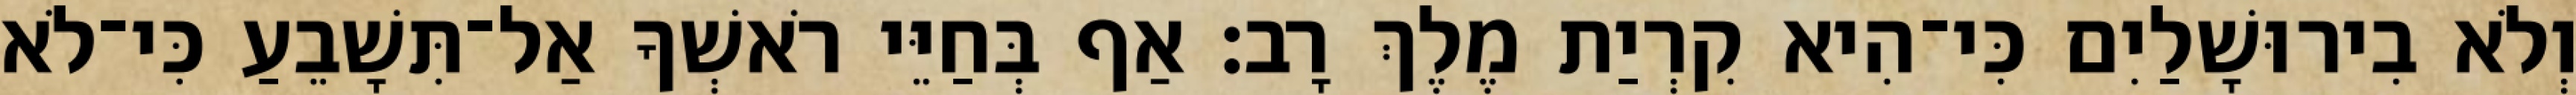
וְלֹא בִירוּשָׁלַיִם כִּי־הִיא קִרְיַת מֶלֶךְ רָב׃ אַף בְּחַיֵּי רֹאשְׁךָ אַל־תִּשָׁבֵעַ כִּי־לֹא